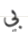
بي